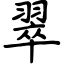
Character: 翠